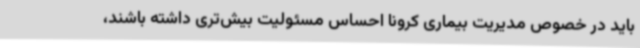
باید در خصوص مدیریت بیماری کرونا احساس مسئولیت بیش‌تری داشته باشند،